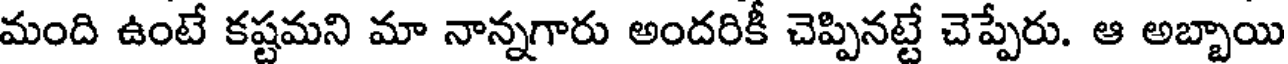
మంది ఉంటే కష్టమని మా నాన్నగారు అందరికీ చెప్పినట్టే చెప్పేరు. ఆ అబ్బాయి